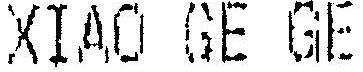
XIAO GE GE